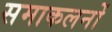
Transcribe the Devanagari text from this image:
समाकलनों